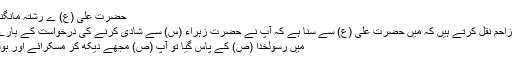
حضرت علی (ع) ے رشتہ مانگنے کی کیفیت
ضحاک بن مزاحم نقل کرتے ہیں کہ میں حضرت علی (ع) سے سنا ہے کہ آپ نے حضرت زہراء (س) سے شادی کرنے کی درخواست کے بارے میں فرمایا:
میں رسولخدا (ص) کے پاس گیا تو آپ (ص) مجھے دیکھ کر مسکرائے اور بولے: اے علی!